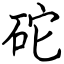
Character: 砣